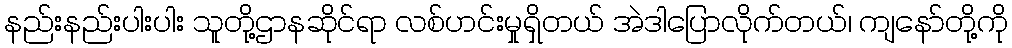
နည်းနည်းပါးပါး သူတို့ဌာနဆိုင်ရာ လစ်ဟင်းမှုရှိတယ် အဲဒါပြောလိုက်တယ်၊ ကျနော်တို့ကို